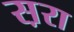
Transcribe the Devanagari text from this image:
स़रा